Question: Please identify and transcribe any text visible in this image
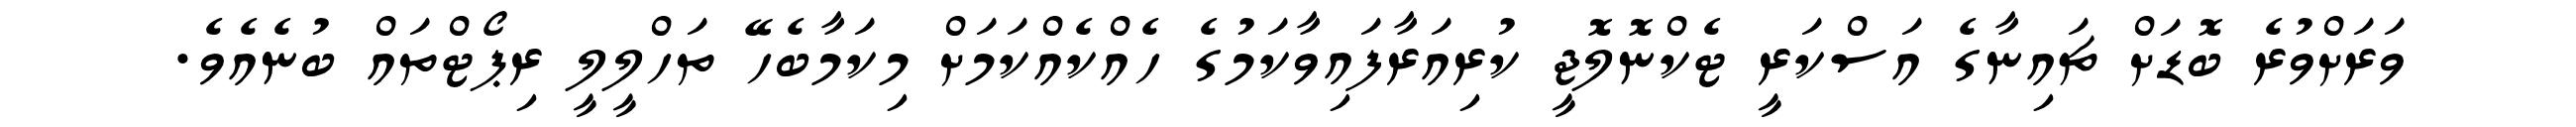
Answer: ވަރަށްވުރެ ބޮޑަށް ޗައިނާގެ އަސްކަރީ ޓެކްނޮލޮޖީ ކުރިއަރާފައިވާކަމުގެ ހެއްކެއްކަމަށް މިކަމާބެހޭ ތަހްލީލީ ރިޕޯޓްތައް ބުނެއެވެ.